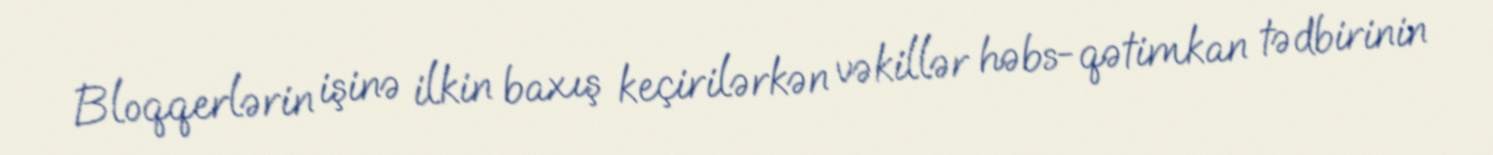
Bloqqerlərin işinə ilkin baxış keçirilərkən vəkillər həbs-qətimkan tədbirinin